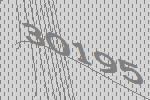
30195